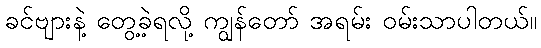
ခင်ဗျားနဲ့ တွေ့ခဲ့ရလို့ ကျွန်တော် အရမ်း ဝမ်းသာပါတယ်။